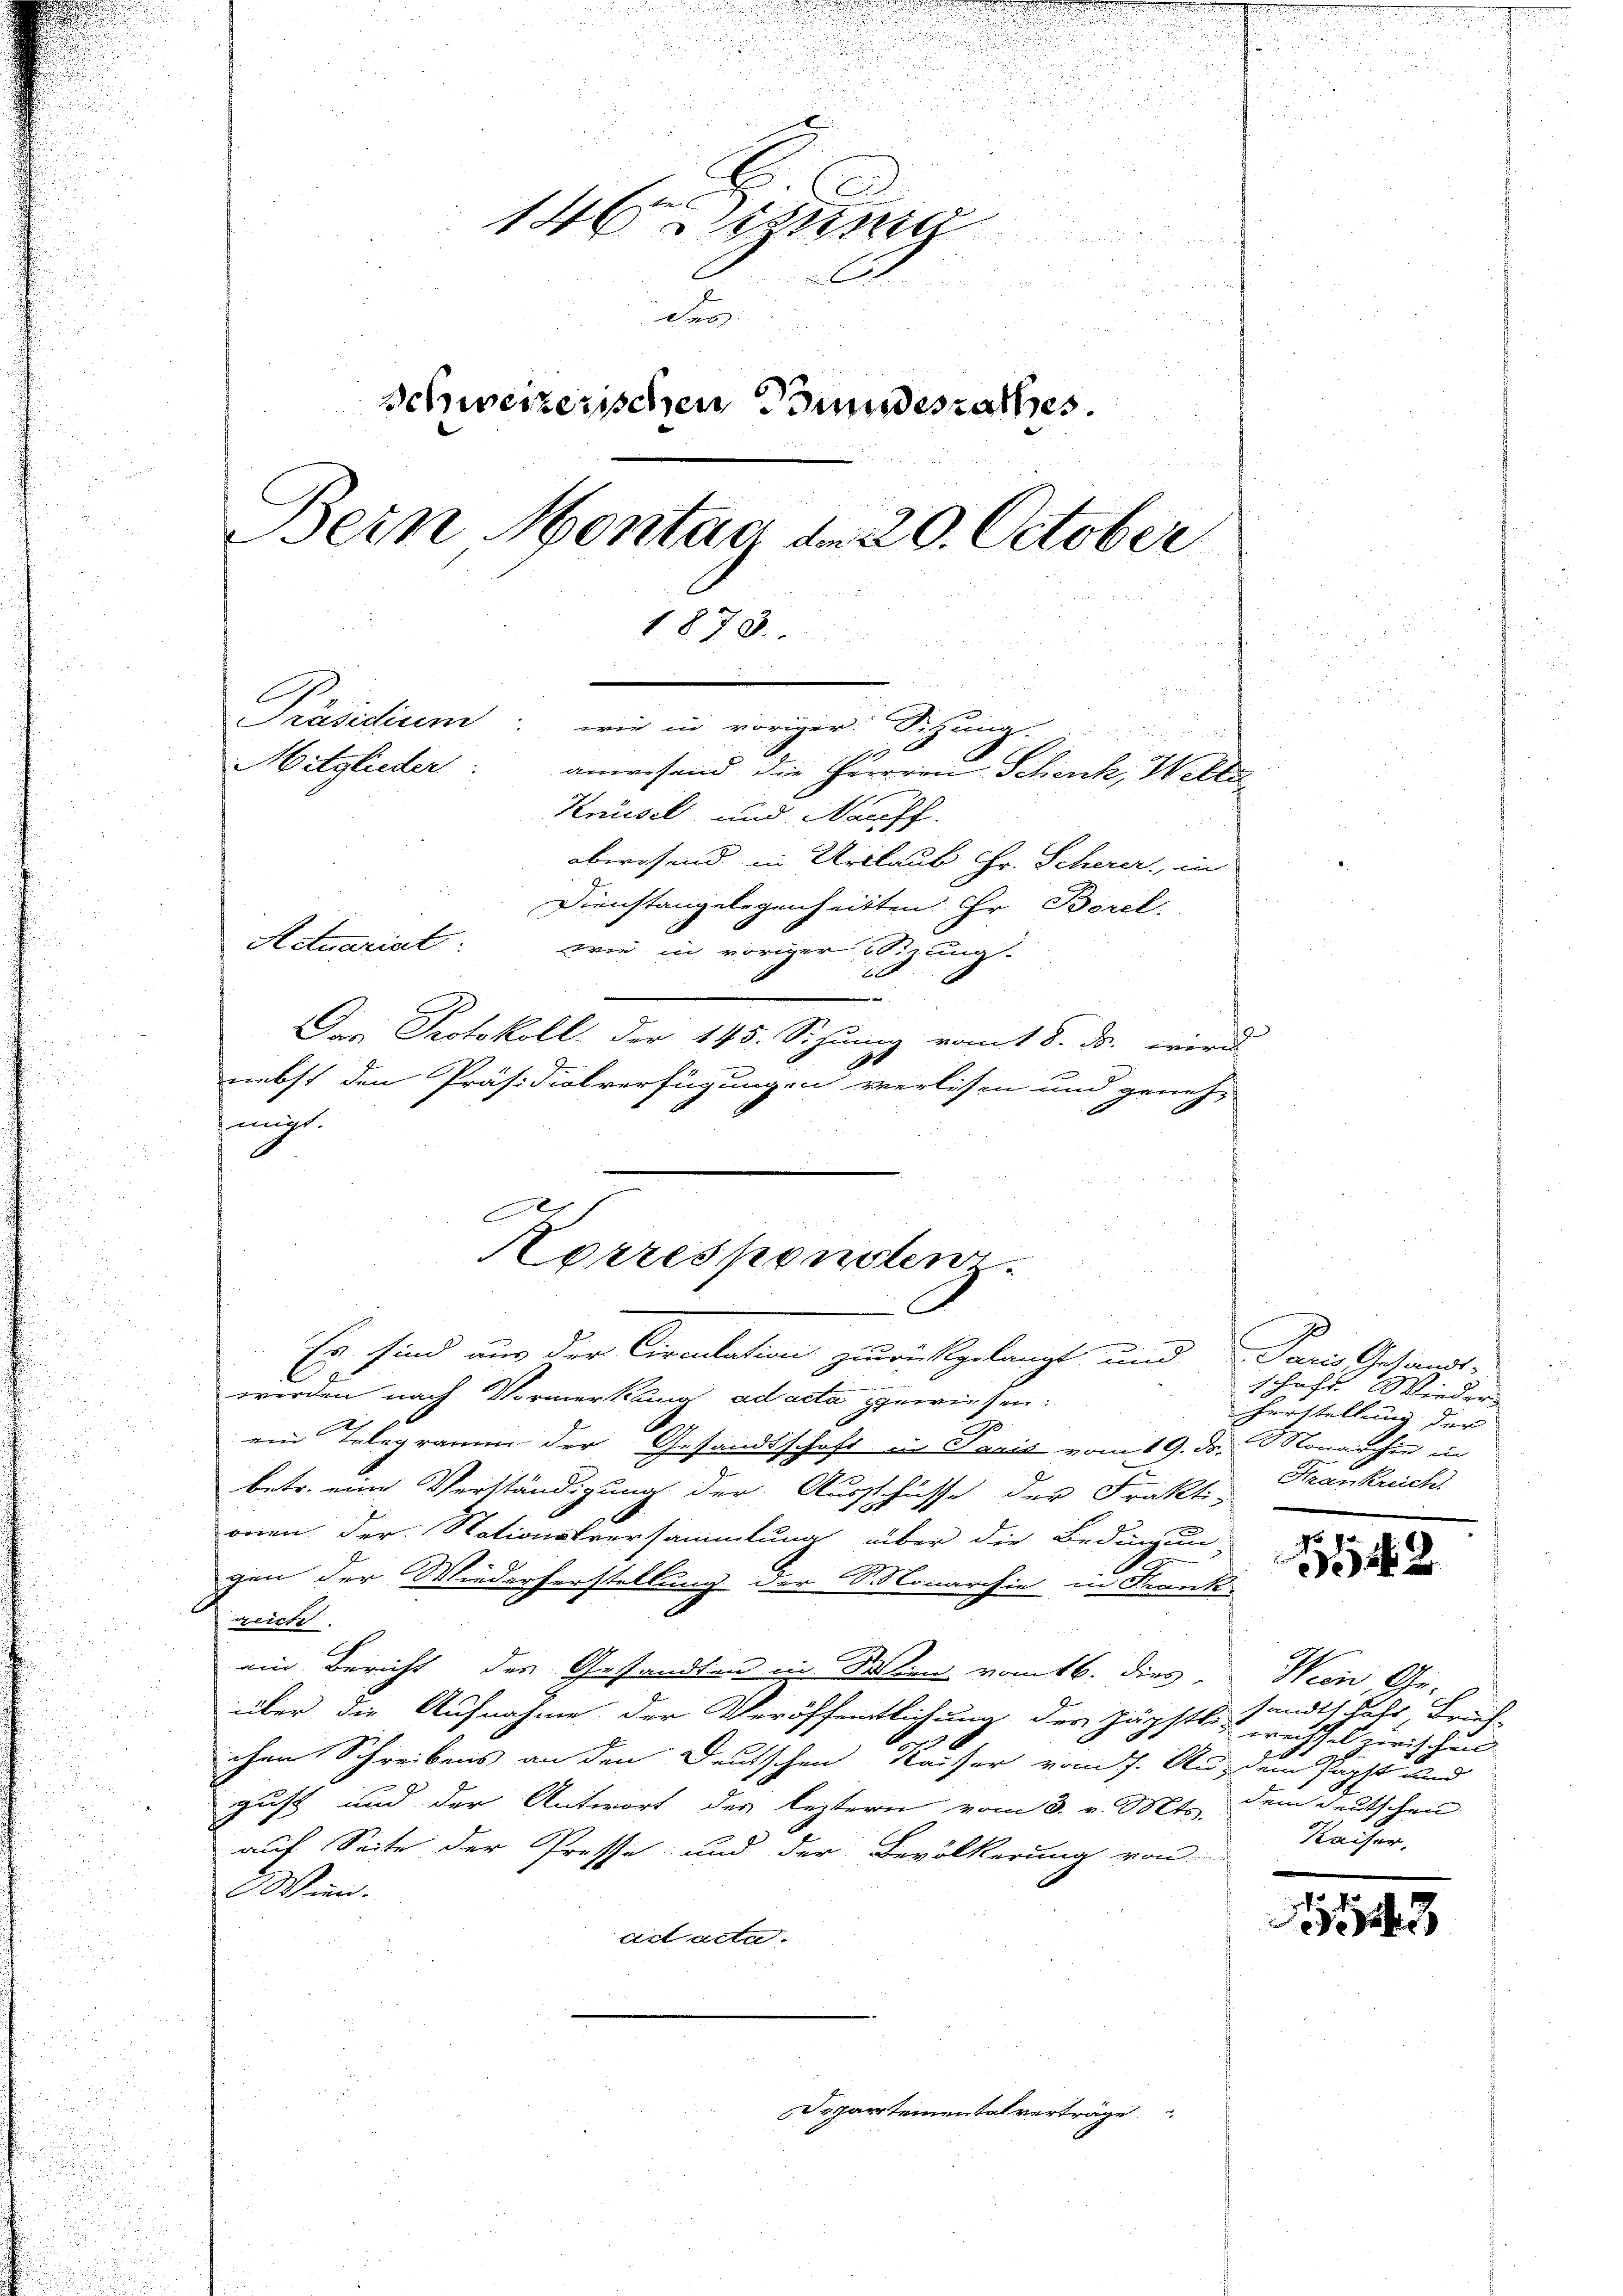
d

C
d
1 iung
u
2f 0 x
Dass
2
schweizerischen Bundesrathes
Bern Montag der 20. October
1878.
.
Präsidium wie in voriger Sitzung.

Mitglieder:
anwesend die Herrren Schenk, Welter
Knüsel und Nachf
abwesend in Urlaub Hr. Scherer, in

Actuariat.

wie in voriger jung

Dienstangelegenheitten ihr Borel
x
Das Protokoll der 145. Sitzung vom 18. ds. wird
8
nebst den Präsidialverfügungen verlesen und geneh-
migt.
u
i

.
Es sind aus der Circulation zurückgelangt und Paris Gesandt-

werden nach Vormerkung ad acta gewiesen:
i

ein Telegramm der Gesandtschaft in Perić vom 19. d. Monarchie in
2
betr. eine Verständigung der Ausschüsse der Frakti-
onen der Nationsversammlung über die Bedingun
gen der Wiederherstellung der Monarchie in Frank-
reich.
ein Bericht des Gesandten in Wind vom 16. dies
über die Aufnahme der Veröffentlichung der Jägstle sandtschaft, Brief-
chen Schreibens an den Deutschen Kaiser vom 7. An dem Papst und
gust und der Antwort des leztern vom 3. v. Mts. dem deutschen
auf Seite der Presse und der Bevölkerung von
Wien.
ad acta.
u
Departemental verträge

D
Herresponsten.
an

schaft Wieder
herstellung der
Krankreich

1542

Wien Ge-
wechsel zwischen
Kaiser,

11

2
e